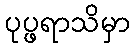
ပုပ္ဖရာသိမှာ